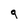
Character: 9